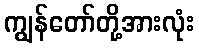
ကျွန်တော်တို့အားလုံး